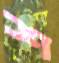
শ